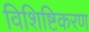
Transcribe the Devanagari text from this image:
विशिष्टिकरण